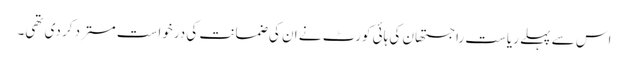
اس سے پہلے ریاست راجستھان کی ہائی کورٹ نے ان کی ضمانت کی درخواست مسترد کر دی تھی۔